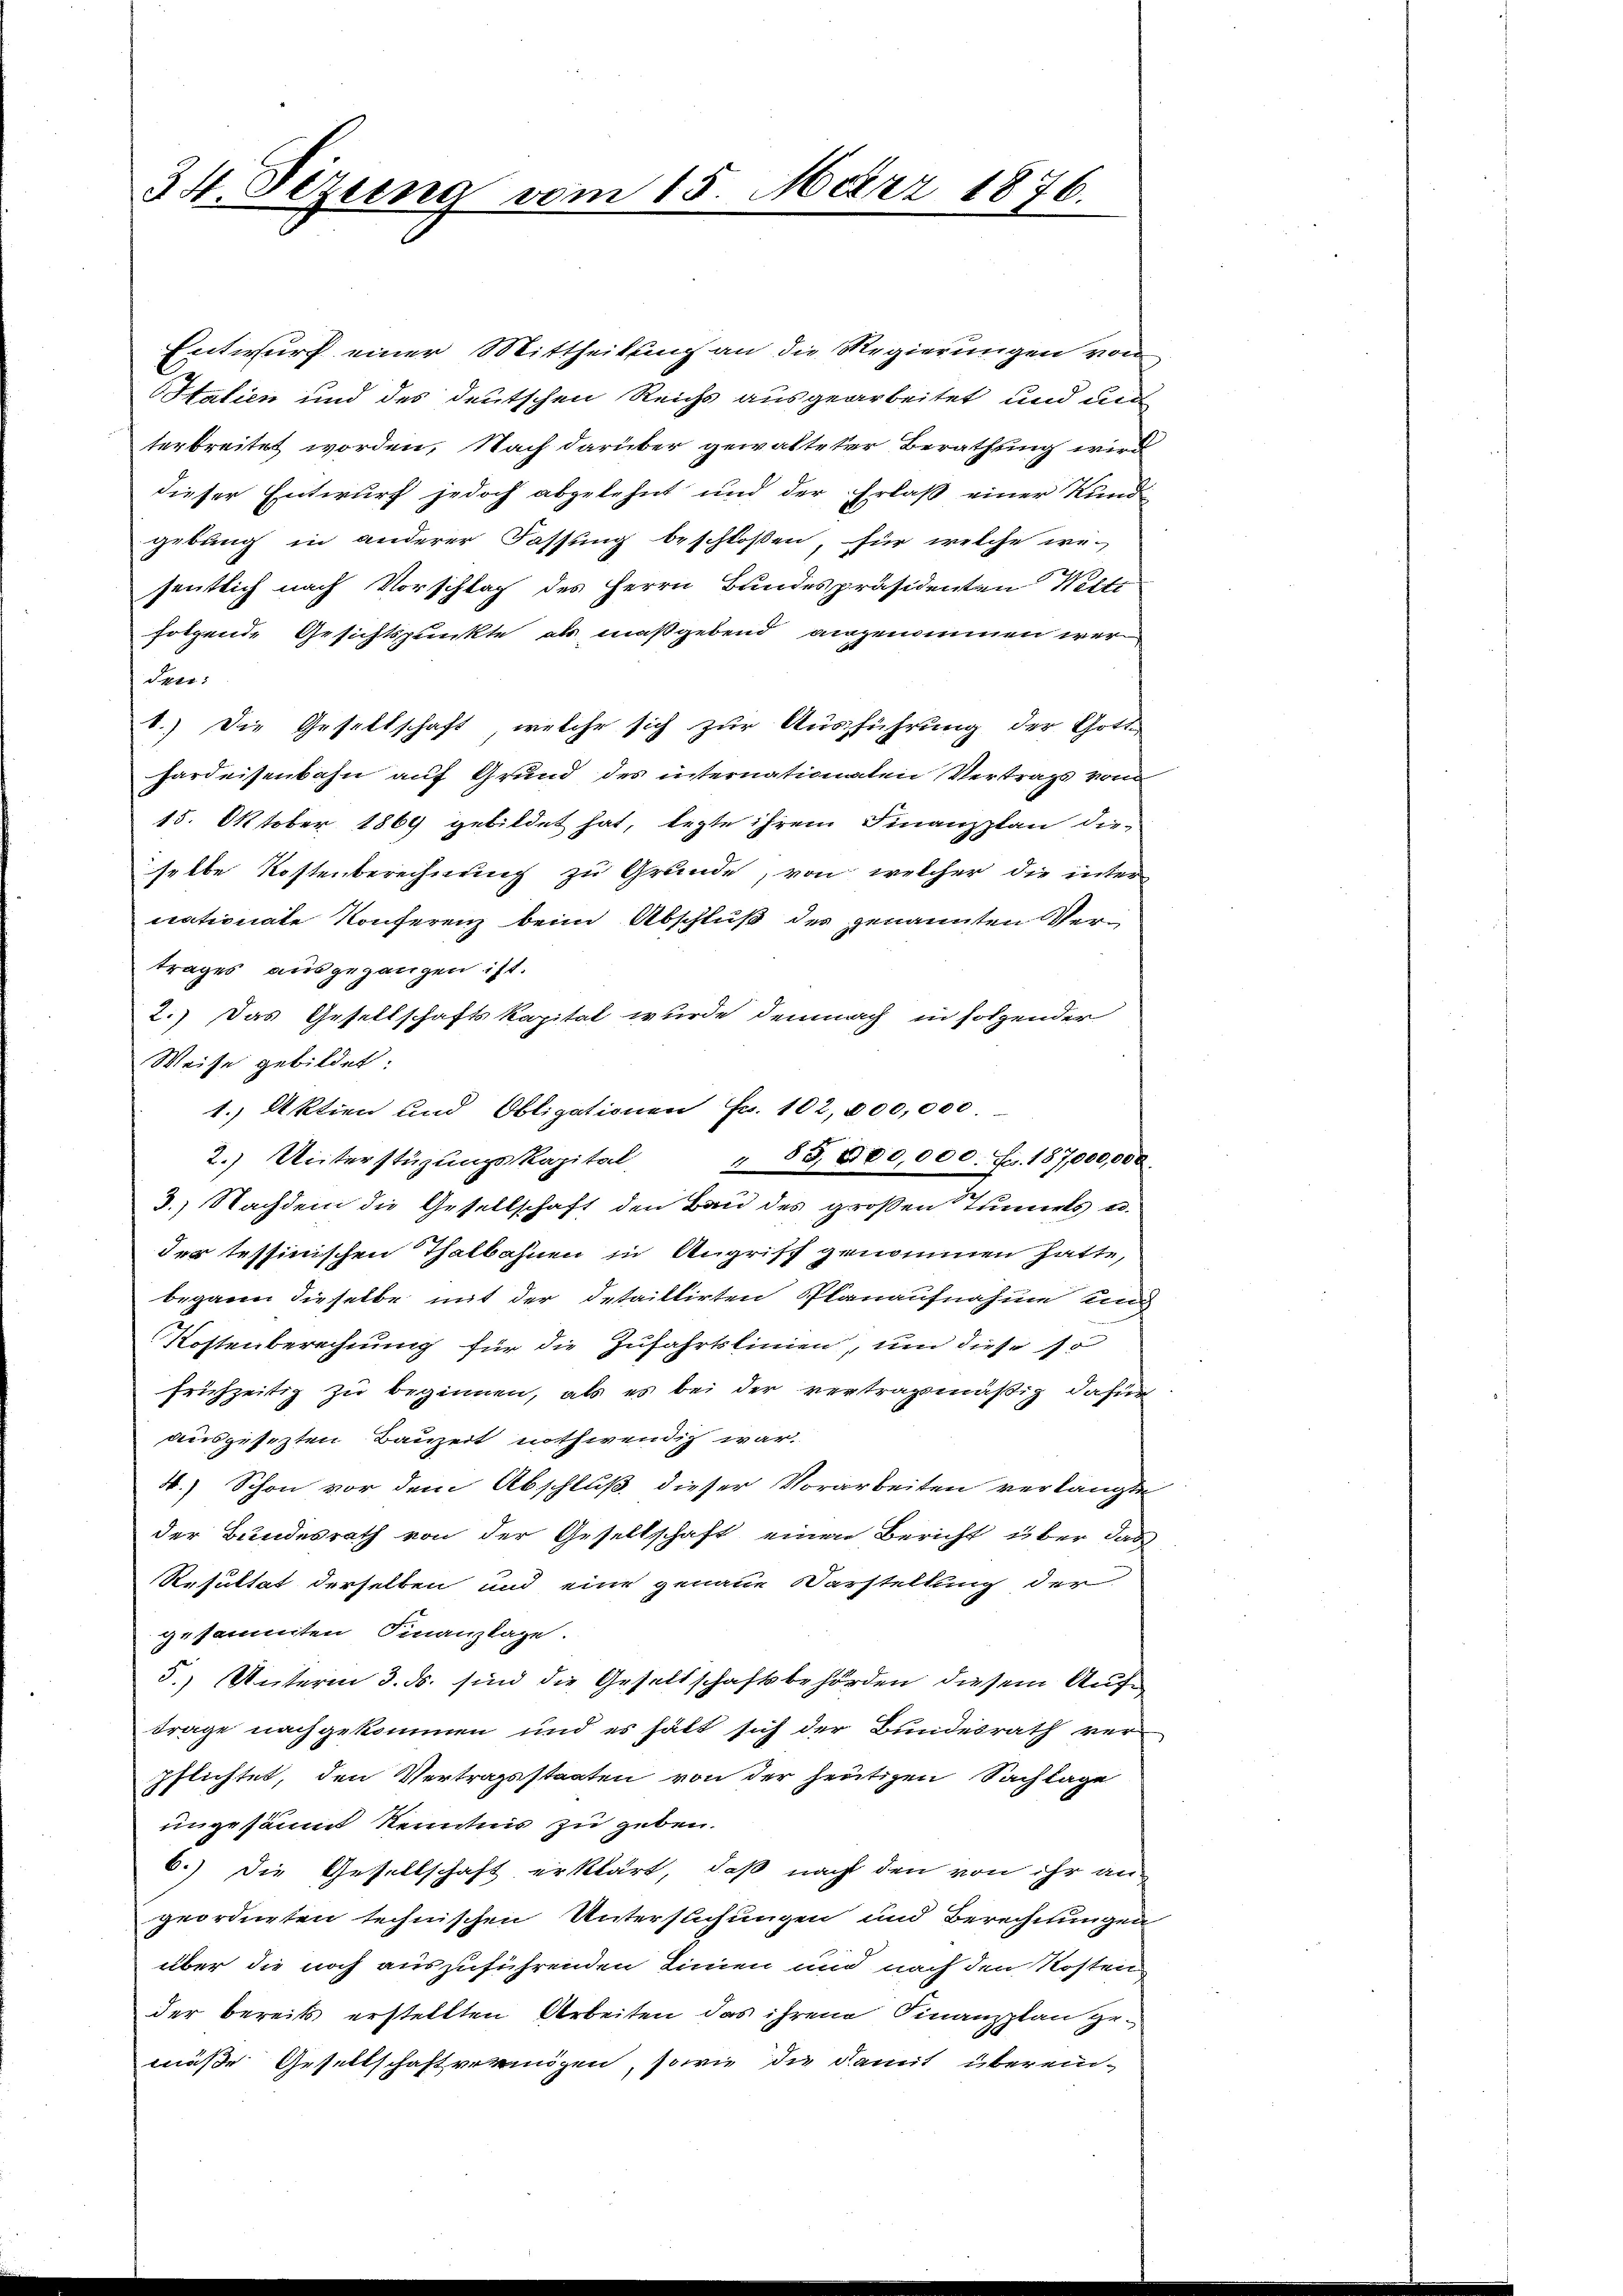
34. Stzung vom 15. März 1876.

Entwurf einer Mittheilung an die Regierungen von
Italien und des deutschen Reichs ausgearbeitet und den
terbreitet worden. Nach darüber gewalteter Berathung wird
dieser Entwurf jedoch abgelehnt und der Erlaß einer Kund
gebung in anderer Fassung beschloßen, für welche wesentlich nach Vorschlag des Herrn Bundespräsidenten Welti
folgende Gesichtspunkte als maßgebend angenommen wer
den:
b.) Die Gesellschaft, welche sich zur Ausführung der Gott-
hardeisenbahn auf Grund des internationaten Vertrags von
15. Oktober 1869 gebildet hat, legte ihrem Finanzplan die-
selbe Kostenberechnung zu Grunde, von welcher die inter
nationate Konferenz beim Abschluß des genannten Vertrages ausgegangen ist.
2.) Das Gesellschaftskapital wurde demnach in folgender
Weise gebildet:
1. Aktien und Obligationen Fr. 102, 000,000
2.) Unterstüzŭngskapital " 85 000,000. Fr. 187,000,000
3.) Nachdem die Gesellschaft den Bau des großen Tunnels u.
der tessinischen Thatbahnen in Angriff genommen hatte,
begann dieselbe mit der detaillirten Planaufnahme und
Kostenberechnung für die Zufahrtslinien, und diese so
frühzeitig zu beginnen, als es bei der vertragsmäßig dafür
ausgesezten Bauzeit nothwendig war.
4.) Schon vor dem Abschluß dieser Vorarbeiten verlangten
der Bundesrath von der Gesellschaft einen Bericht über das
Resultat derselben und eine genaue Darstellung der
gesammten Finanzlage.
5.) Unterm 3. ds. sind die Gesellschaftsbehörden diesem Aufträge nachgekommen und es hätt sich der Bundesrath ver-
pflichtet, den Vertragsstaaten von der heutigen Sachlage
ungesäumt Kenntnis zu geben.
6.) Die Gesellschaft erklärt, daß nach den von ihr an-
geordneten technischen Untersuchungen und Berechnungen
über die noch auszuführenden Linien und nach den Kosten
der bereits erstellten Arbeiten das ihren Finanzplan gemüße Gesellschaft vermögen, sowie die damit überein-